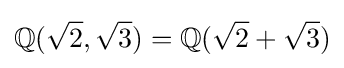
\mathbb {Q} ({\sqrt {2}},{\sqrt {3}})=\mathbb {Q} ({\sqrt {2}}+{\sqrt {3}})